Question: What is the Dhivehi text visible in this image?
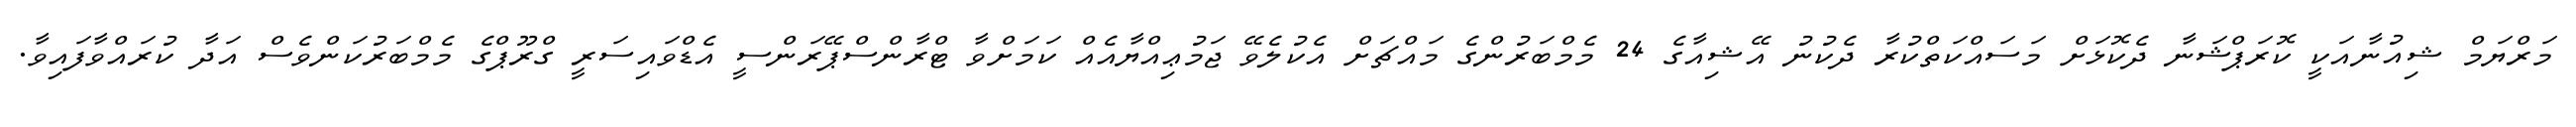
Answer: މަރްޔަމް ޝިއުނާއަކީ ކޮރަޕްޝަނާ ދެކޮޅަށް މަސައްކަތްކުރާ ދެކުނު އޭޝިއާގެ 24 މެމްބަރުންގެ މައްޗަށް އެކުލެވޭ ޖަމުޢިއްޔާއެއް ކަމަށްވާ ޓްރާންސްޕޭރަންސީ އެޑްވައިސަރީ ގްރޫޕްގެ މެމްބަރުކަންވެސް އަދާ ކުރައްވާފައިވާ.